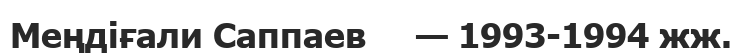
Меңдіғали Саппаев     — 1993-1994 жж.